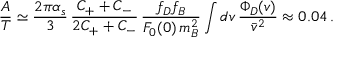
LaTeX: \frac { A } { T } \simeq \frac { 2 \pi \alpha _ { s } } { 3 } \, \frac { C _ { + } + C _ { - } } { 2 C _ { + } + C _ { - } } \, \frac { f _ { D } f _ { B } } { F _ { 0 } ( 0 ) \, m _ { B } ^ { 2 } } \int d v \, \frac { \Phi _ { D } ( v ) } { \bar { v } ^ { 2 } } \approx 0 . 0 4 \, .